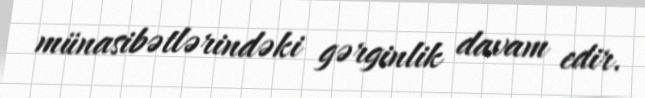
münasibətlərindəki gərginlik davam edir.